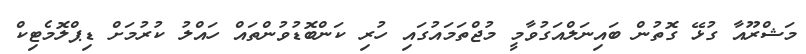
މަޝްރޫއާ ގުޅޭ ގޮތުން ބައިނަލްއަގުވާމީ މުޖްތަމައުގައި ހުރި ކަންބޮޑުވުންތައް ހައްލު ކުރުމަށް ޑިޕްލޮމެޓިކް